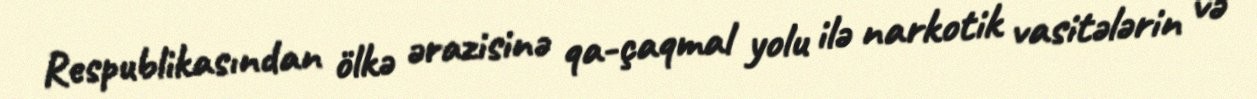
Respublikasından ölkə ərazisinə qa­çaqmal yolu ilə narkotik vasitələrin və